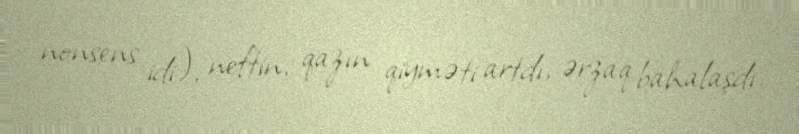
nonsens idi), neftin, qazın qiyməti artdı, ərzaq bahalaşdı.